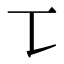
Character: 𰀀